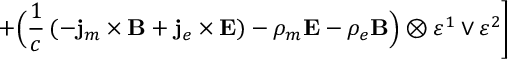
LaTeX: + \Bigl ( \frac 1 c \left( - { \bf j } _ { m } \times { \bf B } + { \bf j } _ { e } \times { \bf E } \right) - \rho _ { m } { \bf E } - \rho _ { e } { \bf B } \Bigr ) \otimes \varepsilon ^ { 1 } \vee \varepsilon ^ { 2 } \Biggr ]